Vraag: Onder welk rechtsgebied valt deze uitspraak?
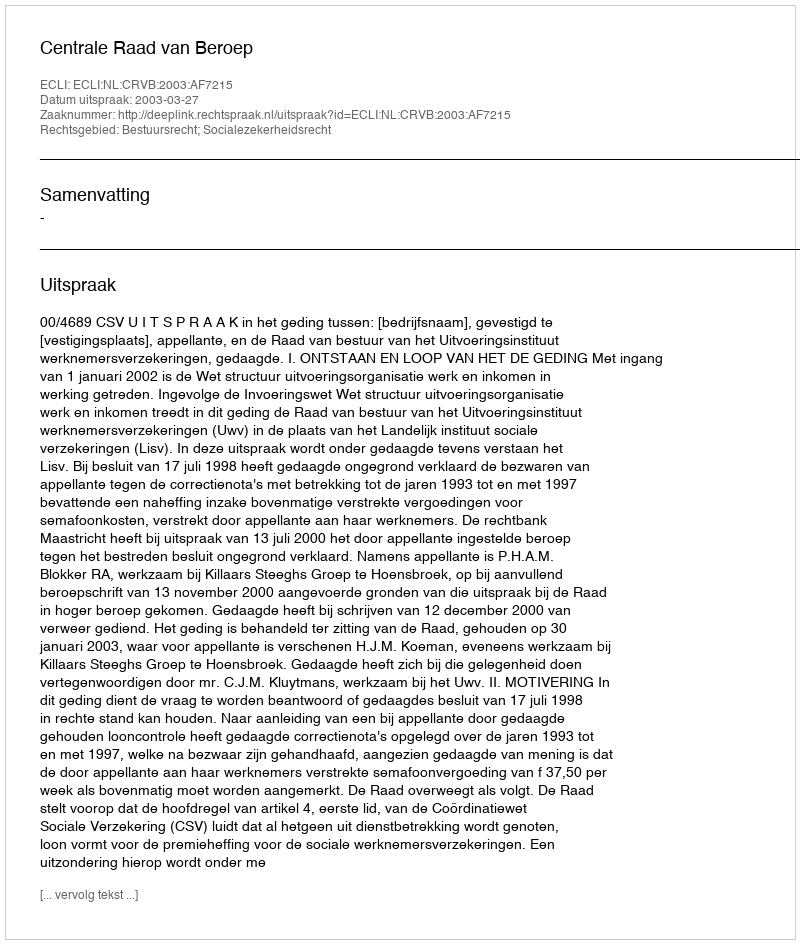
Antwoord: Bestuursrecht; Socialezekerheidsrecht